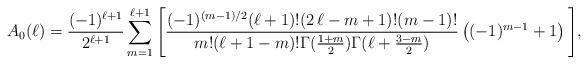
LaTeX: \begin{align*} A_0(\ell) = \frac{(-1)^{\ell+1}}{2^{\ell+1}} \sum_{m=1}^{\ell+1} \Bigg[ \frac{(-1)^{(m-1)/2}(\ell+1)! (2\,\ell-m+1)!(m-1)!}{m!(\ell+1-m)! \Gamma(\frac{1+m}{2})\Gamma(\ell+\frac{3-m}{2})} \left((-1)^{m-1}+1\right)\Bigg], \end{align*}